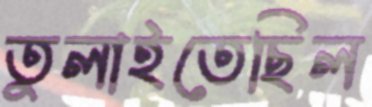
তুলাইতেছিল